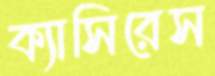
ক্যাসিরেস